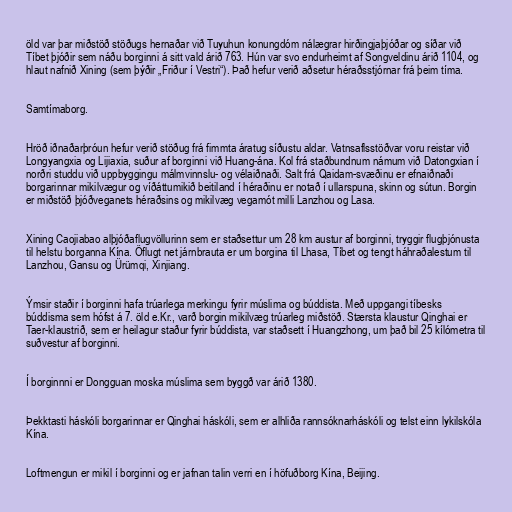
öld var þar miðstöð stöðugs hernaðar við Tuyuhun konungdóm nálægrar hirðingjaþjóðar og síðar við
Tíbet þjóðir sem náðu borginni á sitt vald árið 763. Hún var svo endurheimt af Songveldinu árið 1104, og
hlaut nafnið Xining (sem þýðir „Friður í Vestri“). Það hefur verið aðsetur héraðsstjórnar frá þeim tíma.

Samtímaborg.

Hröð iðnaðarþróun hefur verið stöðug frá fimmta áratug síðustu aldar. Vatnsaflsstöðvar voru reistar við
Longyangxia og Lijiaxia, suður af borginni við Huang-ána. Kol frá staðbundnum námum við Datongxian í
norðri studdu við uppbyggingu málmvinnslu- og vélaiðnaði. Salt frá Qaidam-svæðinu er efnaiðnaði
borgarinnar mikilvægur og víðáttumikið beitiland í héraðinu er notað í ullarspuna, skinn og sútun. Borgin
er miðstöð þjóðveganets héraðsins og mikilvæg vegamót milli Lanzhou og Lasa.

Xining Caojiabao alþjóðaflugvöllurinn sem er staðsettur um 28 km austur af borginni, tryggir flugþjónusta
til helstu borganna Kína. Öflugt net járnbrauta er um borgina til Lhasa, Tíbet og tengt háhraðalestum til
Lanzhou, Gansu og Ürümqi, Xinjiang.

Ýmsir staðir í borginni hafa trúarlega merkingu fyrir múslima og búddista. Með uppgangi tíbesks
búddisma sem hófst á 7. öld e.Kr., varð borgin mikilvæg trúarleg miðstöð. Stærsta klaustur Qinghai er
Taer-klaustrið, sem er heilagur staður fyrir búddista, var staðsett í Huangzhong, um það bil 25 kílómetra til
suðvestur af borginni.

Í borginnni er Dongguan moska múslima sem byggð var árið 1380.

Þekktasti háskóli borgarinnar er Qinghai háskóli, sem er alhliða rannsóknarháskóli og telst einn lykilskóla
Kína.

Loftmengun er mikil í borginni og er jafnan talin verri en í höfuðborg Kína, Beijing.